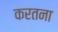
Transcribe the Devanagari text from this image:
करतना